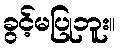
ခွင့်မပြုဘူး။